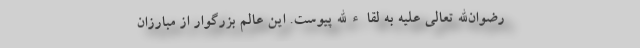
رضوان‌الله تعالی علیه به لقاءالله پیوست. این عالم بزرگوار از مبارزان